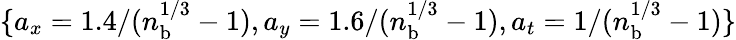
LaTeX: \{ a_{x}=1.4/(n_{\mathrm{b}}^{1/3}-1),a_{y}=1.6/(n_{\mathrm{b}}^{1/3}-1),a_{t}=1/(n_{\mathrm{b}}^{1/3}-1)\}